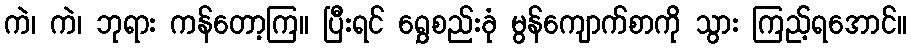
ကဲ၊ ကဲ၊ ဘုရား ကန်တော့ကြ။ ပြီးရင် ရွှေစည်းခုံ မွန်ကျောက်စာကို သွား ကြည့်ရအောင်။